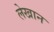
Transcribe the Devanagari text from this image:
लेखान